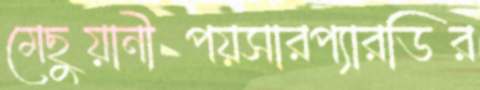
মেছুয়ানীপয়সারপ্যারডির